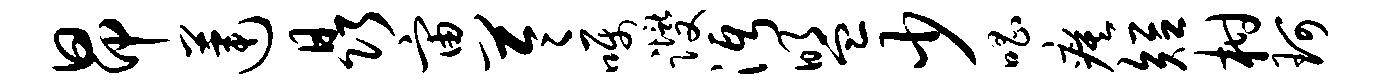
昂莲晶宙苓嘱躞沔盟少唱瘼短柑珂